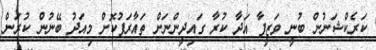
ކަރެކްޝަނުން ބުނީ ވަޒީފާ އަދާ ކުރާ ގައިދީންނަށް ތައާރަފުކޮށް މިއަދު ބޭނުން ކުރަން